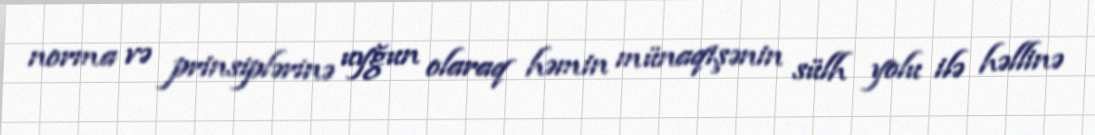
norma və prinsiplərinə uyğun olaraq həmin münaqişənin sülh yolu ilə həllinə